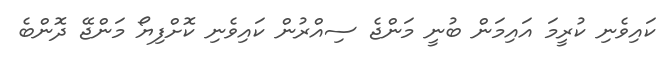
ކައިވެނި ކުރީމަ އައިމަން ބުނީ މަންޖެ ސިއްރުން ކައިވެނި ކޮށްފިޔޯ މަންޖޭ ދޮންބެ